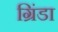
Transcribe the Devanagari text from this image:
ग्रिंडा